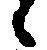
候